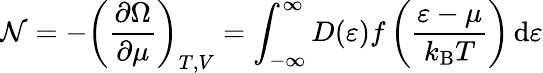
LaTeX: \mathcal{N}=-\left({\frac{{\partial\Omega}}{{\partial\mu}}}\right)_{T,V}=\int_{-\infty}^{\infty}D(\varepsilon){\mathcal{{f}}}\left({\frac{{\varepsilon-\mu}}{{k_{\mathrm{{{B}}}}T}}}\right)\, \mathrm{{d}}\varepsilon